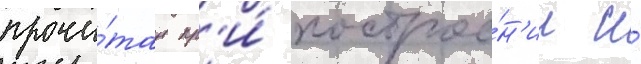
прочи́тан пр'и́ построе́н'ии и́